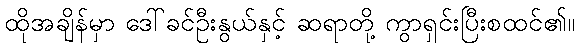
ထိုအချိန်မှာ ဒေါ်ခင်ဦးနွယ်နှင့် ဆရာတို့ ကွာရှင်းပြီးစထင်၏။